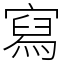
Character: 寫